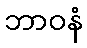
ဘာဝနံ